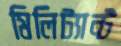
মিলিট্যান্ট